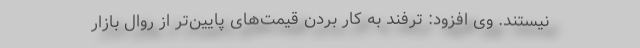
نیستند. وی افزود: ترفند به کار بردن قیمت‌های پایین‌تر از روال بازار